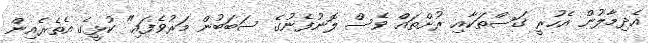
އެދިމާލުން އެހުރީ ގަސްތަކާއި ރުށްތައް ވެސް ލޮނުފެނުގެ ސަބަބުން މަރުވެފައި" ކުޅީގެ އެތެރެއިން